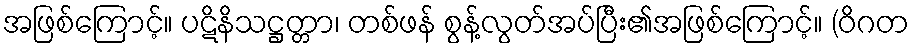
အဖြစ်ကြောင့်။ ပဋိနိသဋ္ဌတ္တာ၊ တစ်ဖန် စွန့်လွတ်အပ်ပြီး၏အဖြစ်ကြောင့်။ (ဝိဂတ